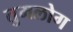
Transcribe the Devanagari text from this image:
तुमलोग